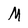
Character: M